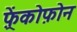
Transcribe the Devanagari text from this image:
फ़्रेंकोफ़ोन